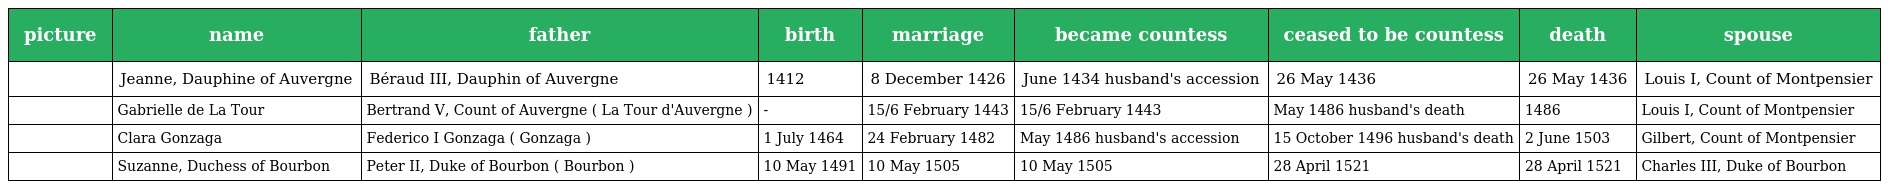
| picture | name | father | birth | marriage | became countess | ceased to be countess | death | spouse |
 | --- | --- | --- | --- | --- | --- | --- | --- | --- |
 |  | Jeanne, Dauphine of Auvergne | Béraud III, Dauphin of Auvergne | 1412 | 8 December 1426 | June 1434 husband's accession | 26 May 1436 | 26 May 1436 | Louis I, Count of Montpensier |
 |  | Gabrielle de La Tour | Bertrand V, Count of Auvergne ( La Tour d'Auvergne ) | - | 15/6 February 1443 | 15/6 February 1443 | May 1486 husband's death | 1486 | Louis I, Count of Montpensier |
 |  | Clara Gonzaga | Federico I Gonzaga ( Gonzaga ) | 1 July 1464 | 24 February 1482 | May 1486 husband's accession | 15 October 1496 husband's death | 2 June 1503 | Gilbert, Count of Montpensier |
 |  | Suzanne, Duchess of Bourbon | Peter II, Duke of Bourbon ( Bourbon ) | 10 May 1491 | 10 May 1505 | 10 May 1505 | 28 April 1521 | 28 April 1521 | Charles III, Duke of Bourbon |